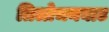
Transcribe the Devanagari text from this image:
त्रिलोचनघाट